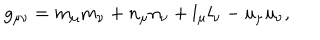
LaTeX: g _ { \mu \nu } = m _ { \mu } m _ { \nu } + n _ { \mu } n _ { \nu } + l _ { \mu } l _ { \nu } - u _ { \mu } u _ { \nu } ,